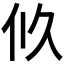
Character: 𠇉